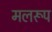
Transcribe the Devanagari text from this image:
मलरूप